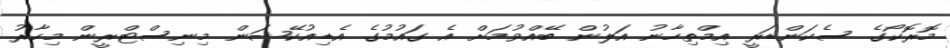
މޮރޮކޯގެ ސެކަންޑަރީ އިމްތިހާނު އަލުން ބޭއްވުމަށް އެ ގައުމުގެ އެޑިއުކޭޝަން މިނިސްޓްރީން މިހާރު